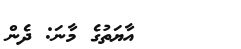
އާޔަތުގެ މާނަ: ދެން